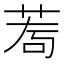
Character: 𦰅